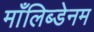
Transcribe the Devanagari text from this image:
माँलिब्डेनम